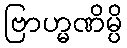
ဗြာဟ္မဏိမ္ပိ